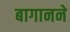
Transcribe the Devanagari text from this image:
बागानने